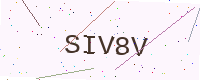
Text: SIV8V